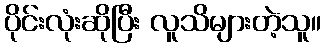
ပိုင်းလုံးဆိုပြီး လူသိများတဲ့သူ။